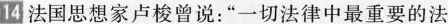
14法国思想家卢梭曾说：”一切法律中最重要的法